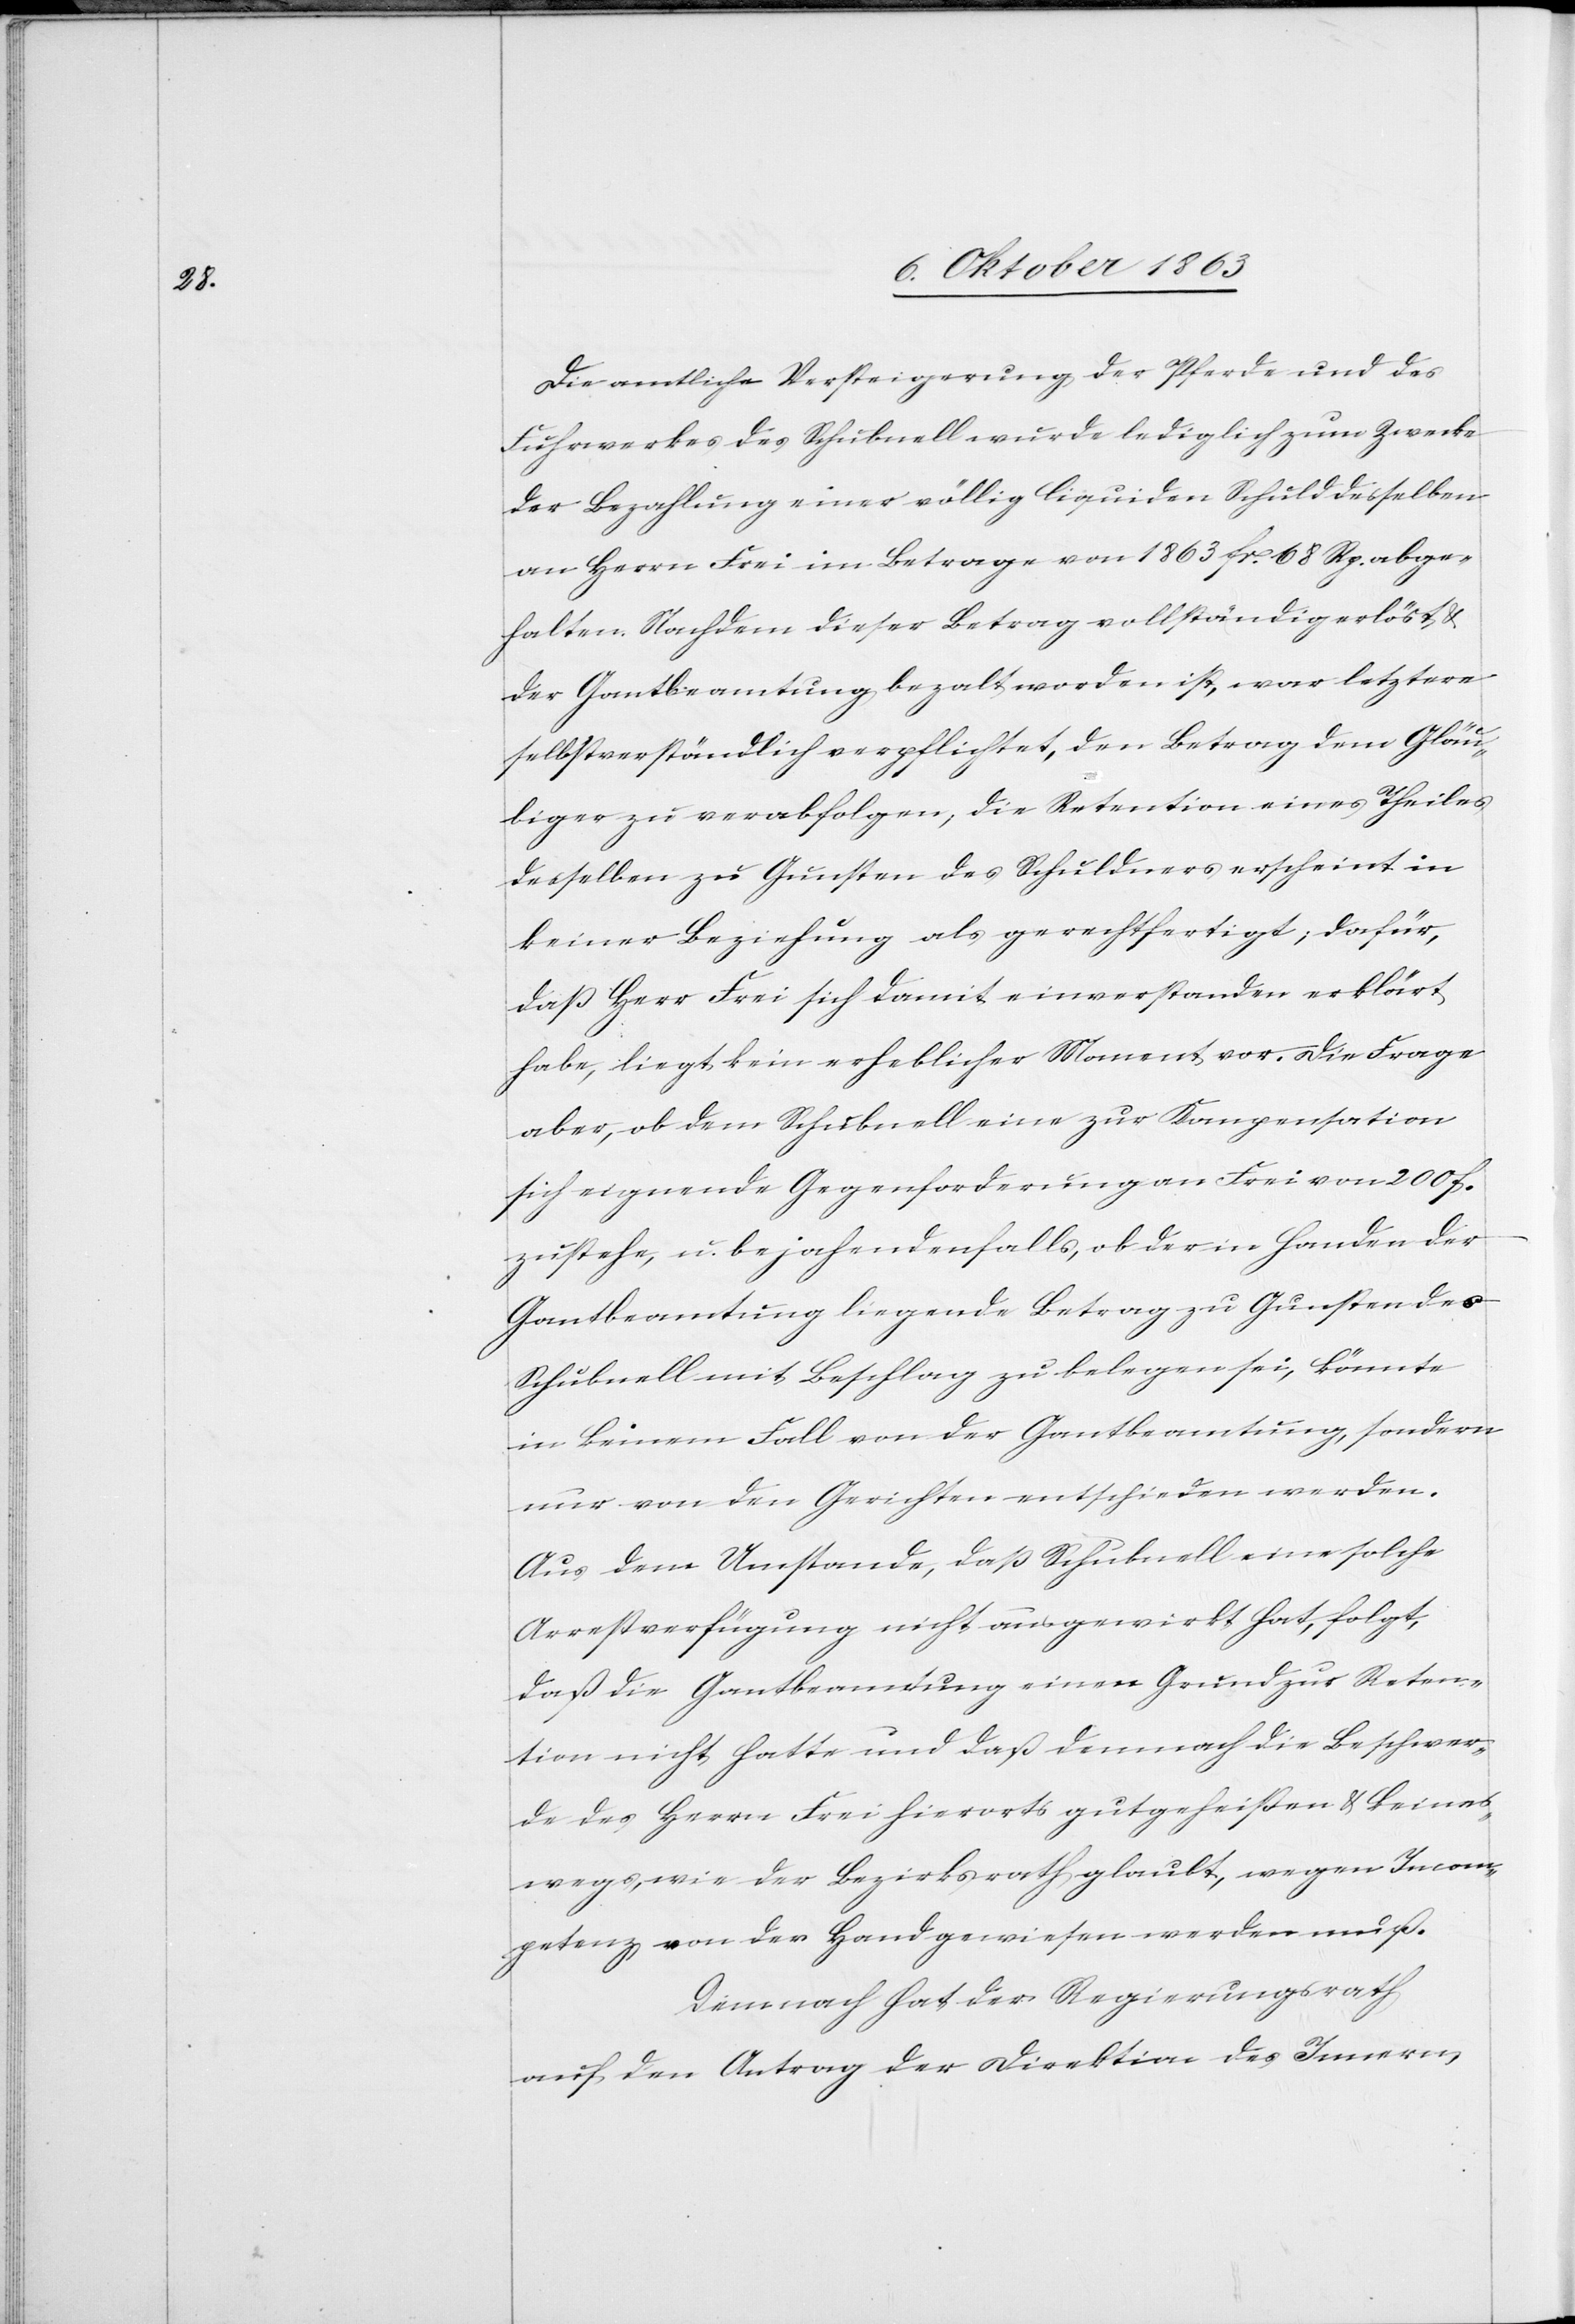
Die amtliche Versteigerung der Pferde und des
Fuhrwerkes des Schubnell wurde lediglich zum Zwecke
der Bezahlung einer völlig liquiden Schuld desselben
an Herrn Frei im Betrage von 1863 Fr. 68 Rp. abge¬
halten. Nachdem dieser Betrag vollständig erlöst &
der Gantbeamtung bezalt worden ist, war letztere
selbstverständlich verpflichtet, den Betrag dem Gläu¬
biger zu verabfolgen, die Retention eines Theiles
desselben zu Gunsten des Schuldners erscheint in
keiner Beziehung als gerechtfertigt; dafür,
daß Herr Frei sich damit einverstanden erklärt
habe, liegt kein erheblicher Moment vor. Die Frage
aber, ob dem Schubnell eine zur Kompensation
sich eignende Gegenforderung an Frei von 200 f.
zustehe, u. bejahendenfalls, ob der in Handen der
Gantbeamtung liegende Betrag zu Gunsten des
Schubnell mit Beschlag zu belegen sei, könnte
in keinem Fall von der Gantbeamtung, sondern
nur von den Gerichten entschieden werden.
Aus dem Umstande, daß Schubnell eine solche
Arrestverfügung nicht ausgewirkt hat, folgt,
daß die Gantbeamtung einen Grund zur Reten¬
tion nicht hatte und daß demnach die Beschwer¬
de des Herrn Frei hierorts gutgeheißen & keines¬
wegs, wie der Bezirksrath glaubt, wegen Incom¬
petenz von der Hand gewiesen werden muß.
Demnach hat der Regierungsrath
auf den Antrag der Direktion des Innern,